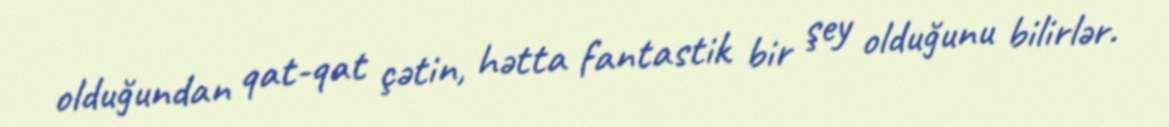
olduğundan qat-qat çətin, hətta fantastik bir şey olduğunu bilirlər.